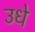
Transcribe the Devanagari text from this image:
उधे